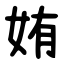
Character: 姷